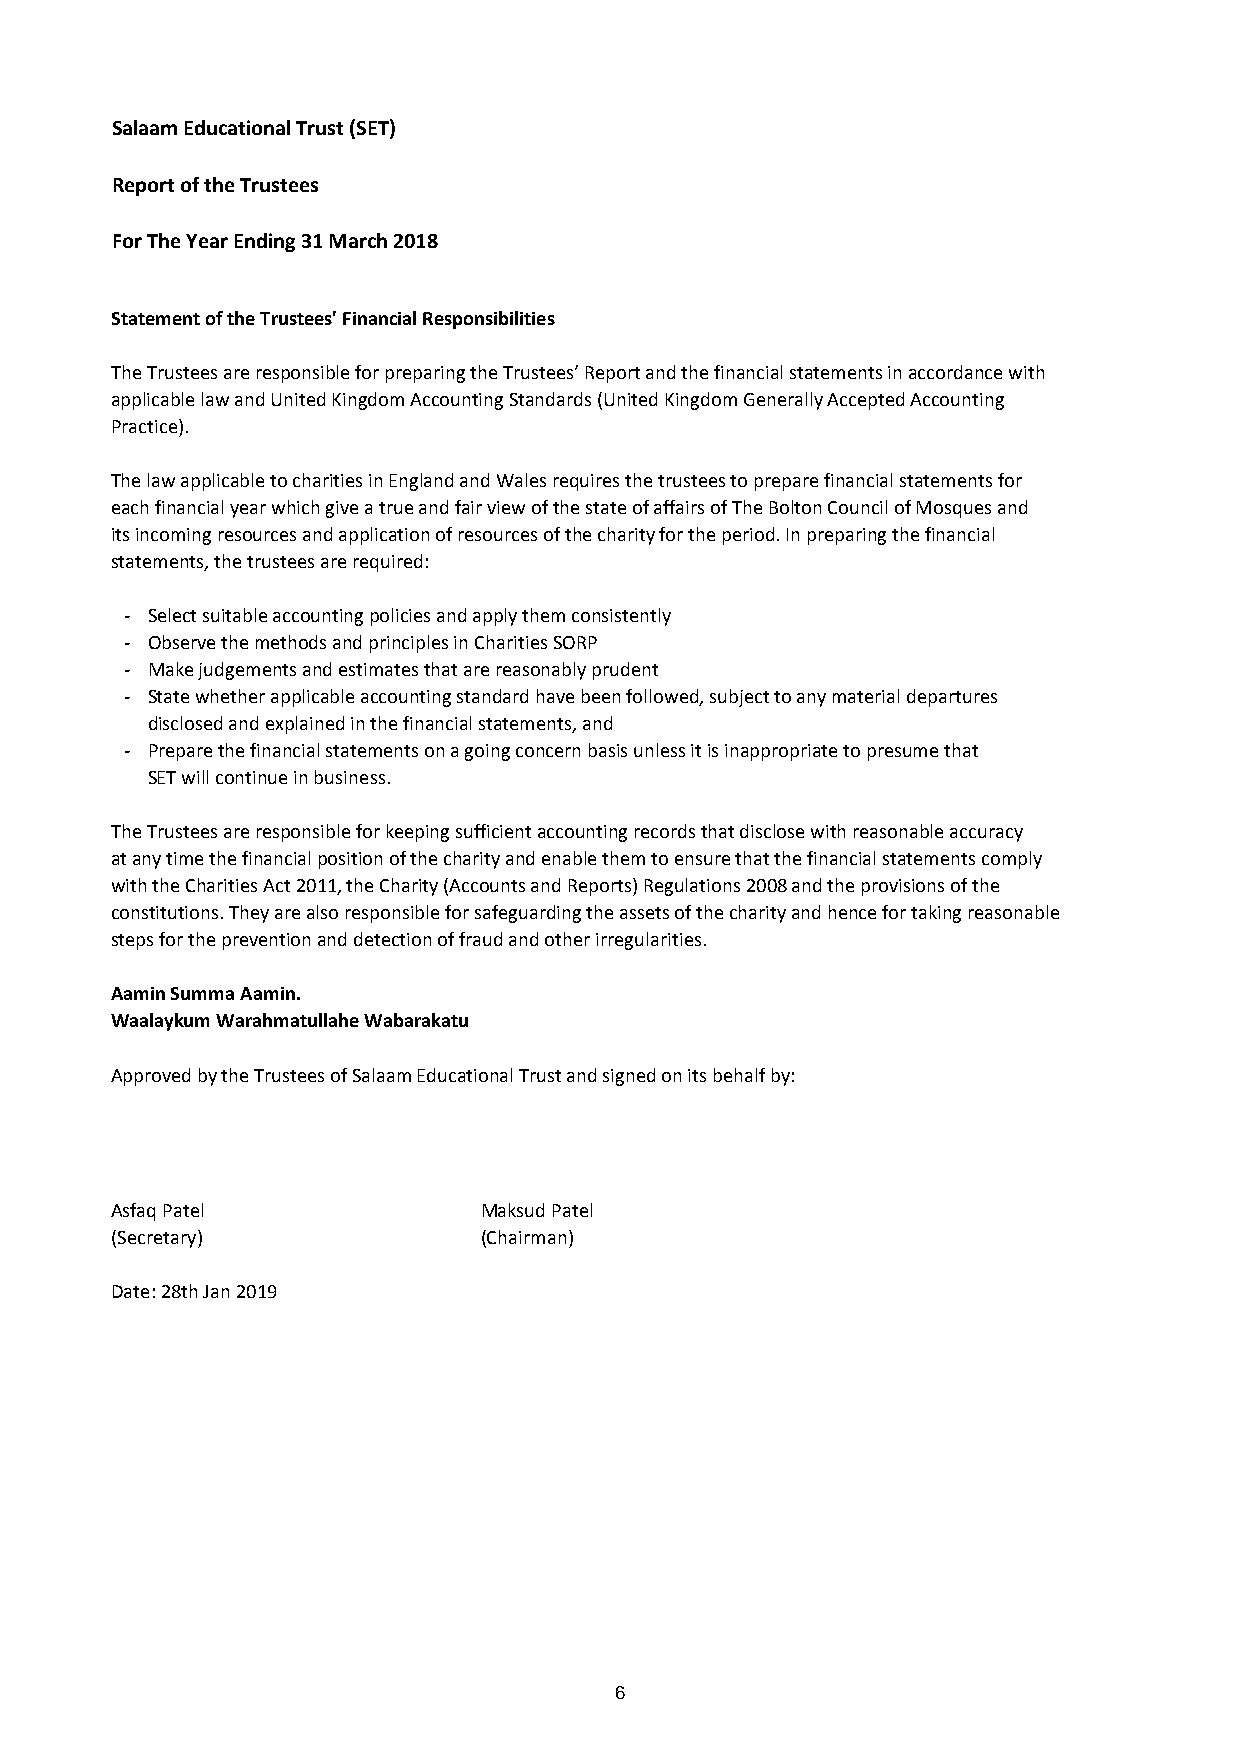
Salaam Educational Trust (SET)
 Report of the Trustees
 For The Year Ending 31 March 2018
 Statement of the Trustees' Financial Responsibilities
 The Trustees are responsible for preparing the Trustees’ Report and the financial statements in accordance with
 applicable law and United Kingdom Accounting Standards (United Kingdom Generally Accepted Accounting
 Practice).
 The law applicable to charities in England and Wales requires the trustees to prepare financial statements for
 each financial year which give a true and fair view of the state of affairs of The Bolton Council of Mosques and
 its incoming resources and application of resources of the charity for the period. In preparing the financial
 statements, the trustees are required:
 - Select suitable accounting policies and apply them consistently
 - Observe the methods and principles in Charities SORP
 - Make judgements and estimates that are reasonably prudent
 - State whether applicable accounting standard have been followed, subject to any material departures
 disclosed and explained in the financial statements, and
 - Prepare the financial statements on a going concern basis unless it is inappropriate to presume that
 SET will continue in business.
 The Trustees are responsible for keeping sufficient accounting records that disclose with reasonable accuracy
 at any time the financial position of the charity and enable them to ensure that the financial statements comply
 with the Charities Act 2011, the Charity (Accounts and Reports) Regulations 2008 and the provisions of the
 constitutions. They are also responsible for safeguarding the assets of the charity and hence for taking reasonable
 steps for the prevention and detection of fraud and other irregularities.
 Aamin Summa Aamin.
 Waalaykum Warahmatullahe Wabarakatu
 Approved by the Trustees of Salaam Educational Trust and signed on its behalf by:
 Asfaq Patel              Maksud Patel
 (Secretary)              (Chairman)
 Date: 28th Jan 2019
 6